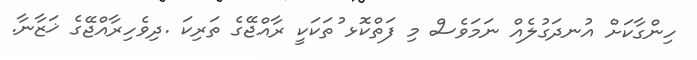
ހިންގާކަށް އުނދަގުލެއް ނަމަވެސް މި ފަތްކޮޅ ުތަކަކީ ރާއްޖޭގެ ތަރިކަ .ދިވެހިރާއްޖޭގެ ޚަޒާނާ.